Senior Leaving Certificate Examination (including Day School Certificate (Higher) General paper), 1949
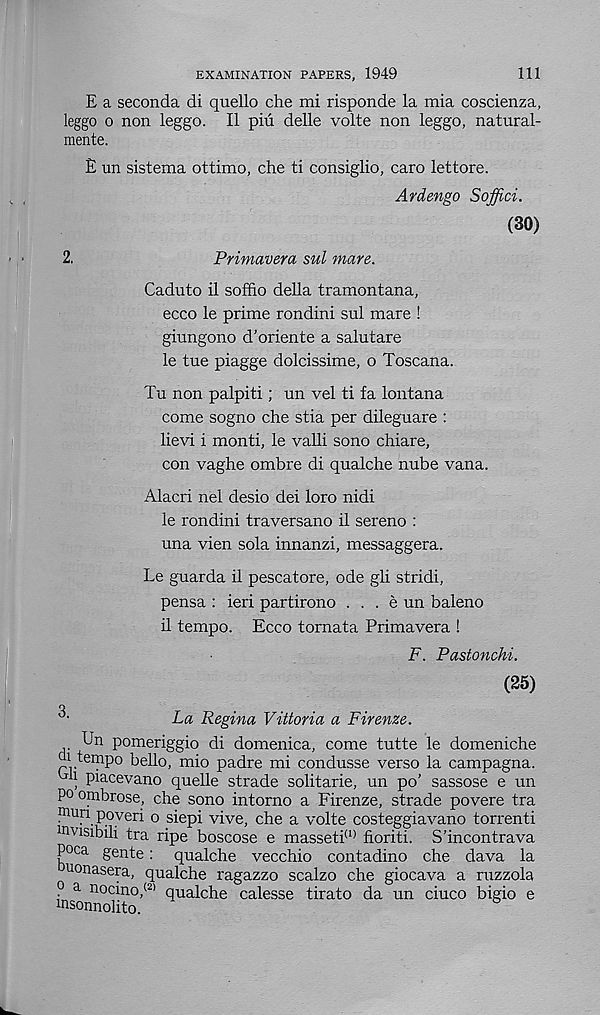
Ill
EXAMINATION PAPERS, 1949
E a seconda di quello che mi risponde la mia coscienza,
leggo o non leggo. II pin delle volte non leggo, natural-
mente.
E un sistema ottimo, che ti consiglio, caro lettore.
Ardengo Soffici.
(30)
2.
Primavera sul mare.
Caduto il soffio della tramontana,
ecco le prime rondini sul mare !
giungono d’oriente a salutare
le tue piagge dolcissime, o Toscana.
Tu non palpiti; un vel ti fa lontana
come sogno che stia per dileguare :
lievi i monti, le valli sono chiare,
con vaghe ombre di qualche nube vana.
Alacri nel desio dei loro nidi
le rondini traversano il sereno :
una vien sola innanzi, messaggera.
Le guarda il pescatore, ode gli stridi,
pensa : ieri partirono . . . e un baleno
il tempo. Ecco tornata Primavera !
F. Pastonchi.
(25)
o
La Regina Vittoria a Firenze.
Un pomeriggio di domenica, come tutte le domeniche
di tempo bello, mio padre mi condusse verso la campagna.
tjh piacevano quelle strade solitarie, un po’ sassose e un
P° om brose, che sono intorno a Firenze, strade povere tra
mun . poveri o siepi vive, che a volte costeggiavano torrenti
mvisibili tra ripe boscose e masseti (1) fioriti. S'incontrava
poca gente: qualche vecchio contadino che dava la
uonasera, qualche ragazzo scalzo che giocava a ruzzola
? a nocino, (2) qualche calesse tirato da un ciuco bigio e
insonnolito.